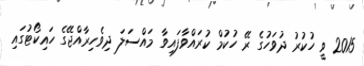
2015 ވީ ހުކުރު ދުވަހުގެ ރޭ ހުކުމް ކުރައްވާފައިވާ މައްސަލަ ދިވެހިރާއްޖޭގެ ހައިކޯޓުގައި